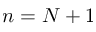
n = N + 1